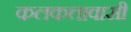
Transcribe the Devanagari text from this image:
कलकत्तावासी